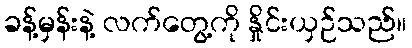
ခန့်မှန်းနဲ့ လက်တွေ့ကို နှိုင်းယှဉ်သည်။